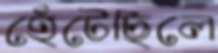
হেঁটেছিলে